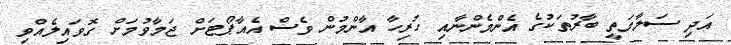
އަދި ސަލާމަތީ ބާރުތަކުގެ އެންމެންނާއި ހުރިހާ އާންމުން ވެސް އެއާޕޯޓަށް ޖަމާވުމަށް ގޮވައިލެއްވި